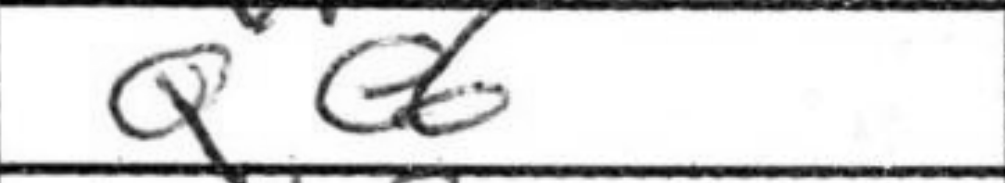
Transcription: Qe6